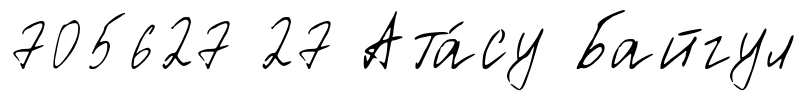
705627 27 Ата́су Байгул